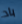
باد